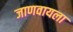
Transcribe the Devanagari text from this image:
जाणवायला